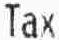
TAX